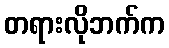
တရားလိုဘက်က